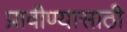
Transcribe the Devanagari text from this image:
प्रावीण्यासाठी